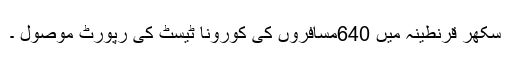
سکھر قرنطینہ میں 640مسافروں کی کورونا ٹیسٹ کی رپورٹ موصول ۔